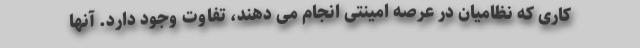
کاری که نظامیان در عرصه امینتی انجام می دهند، تفاوت وجود دارد. آنها